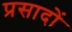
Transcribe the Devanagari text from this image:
प्रसादों